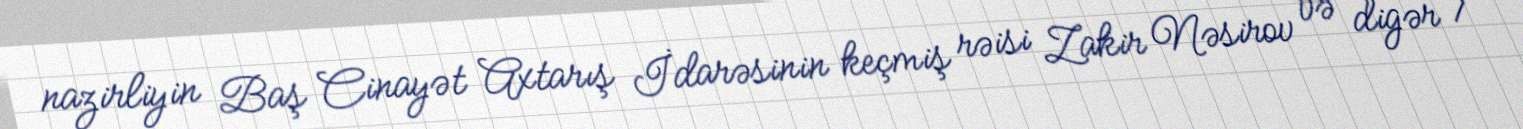
nazirliyin Baş Cinayət Axtarış İdarəsinin keçmiş rəisi Zakir Nəsirov və digər 7